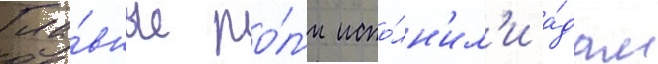
Гла́вные ро́л'и испо́лн'ил'и а́дам